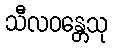
သီလဝန္တေသု